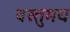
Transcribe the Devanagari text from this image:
वस्तुमय